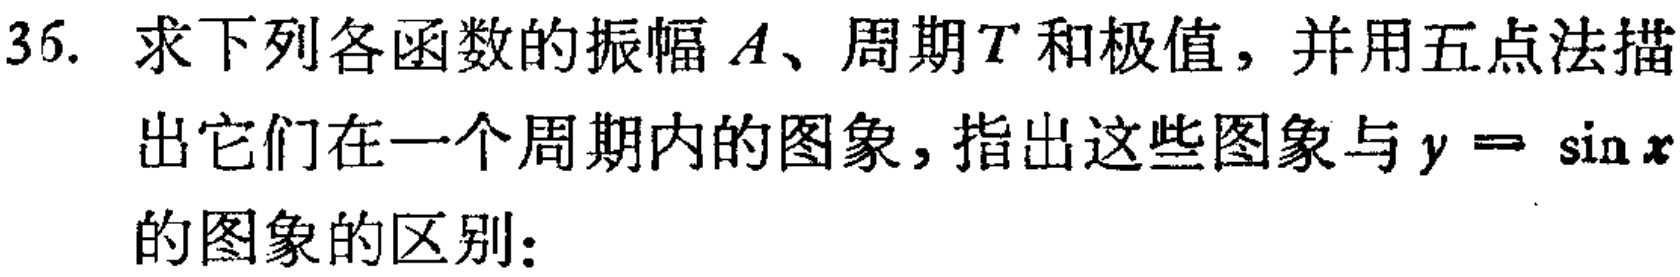
36. 求下列各函数的振幅\(A\)、周期\(T\)和极值，并用五点法描出它们在一个周期内的图象，指出这些图象与\(y = \sin x\)的图象的区别：